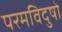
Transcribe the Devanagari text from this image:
परमविदुषो